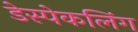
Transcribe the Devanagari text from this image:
डेस्पेकलिंग